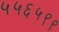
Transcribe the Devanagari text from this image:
५५६५९९